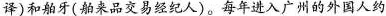
译)和舶牙(舶来品交易经纪人)。每年进入广州的外国人约